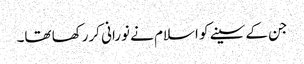
جن کے سینے کو اسلام نے نورانی کررکھا تھا۔